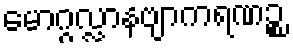
မောဂ္ဂလ္လာနဗျာကရဏဉ္စ